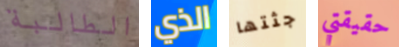
الطالبة الذي جثتها حقيقتي